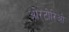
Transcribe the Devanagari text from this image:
ओरटोरिओ